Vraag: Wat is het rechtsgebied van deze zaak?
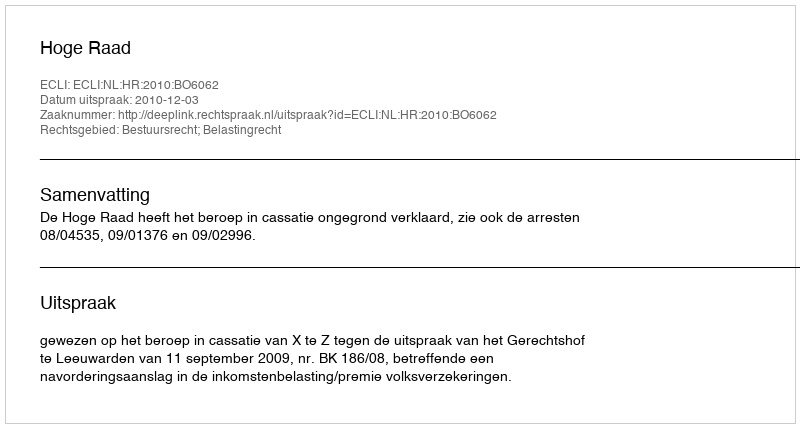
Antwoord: Bestuursrecht; Belastingrecht